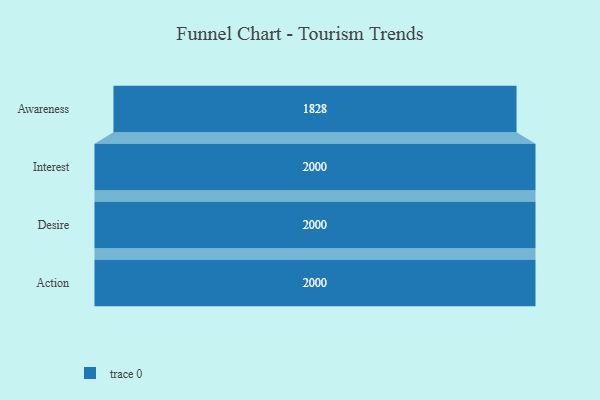
{"axis": {"x": "Stage", "y": "Value"}, "legend": [""], "data": [{"x": "Awareness", "y": 1828.0, "type": ""}, {"x": "Interest", "y": 2000, "type": ""}, {"x": "Desire", "y": 2000, "type": ""}, {"x": "Action", "y": 2000, "type": ""}]}